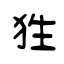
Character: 狌